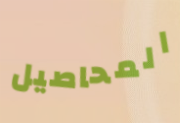
المحاصيل